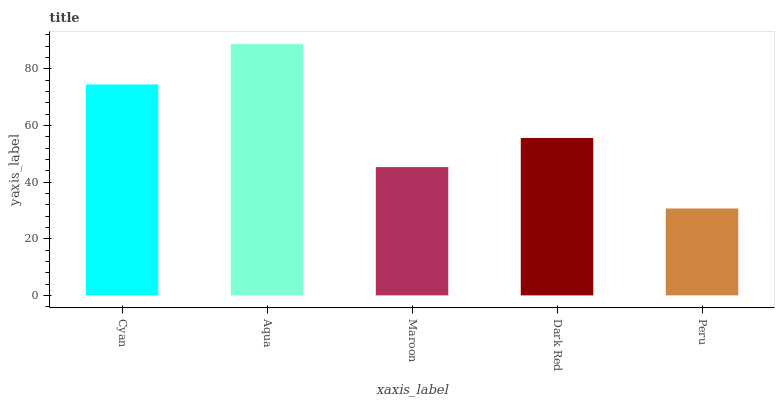
| xaxis_label | bars |
 | --- | --- |
 | Cyan | 74.5 |
 | Aqua | 88.8 |
 | Maroon | 45.3 |
 | Dark Red | 55.6 |
 | Peru | 30.7 |